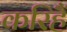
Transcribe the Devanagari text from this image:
करिहैं